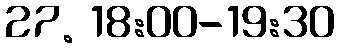
27. 18:00-19:30